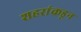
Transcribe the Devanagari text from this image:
शहरांकडून